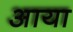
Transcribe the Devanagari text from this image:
अाया